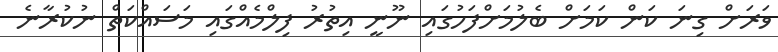
ވަރަށް ގިނަ ކަން ކަމަށް ބެލުމަށްފަހުގައި ނޫނީ އިތުރު ފިލްމެއްގައި މަސައްކަތް ނުކުރާނެ